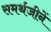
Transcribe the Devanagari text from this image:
समर्थजीनें